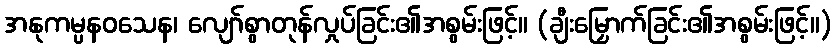
အနုကမ္ပနဝသေန၊ လျော်စွာတုန်လှုပ်ခြင်း၏အစွမ်းဖြင့်။ (ချီးမြှောက်ခြင်း၏အစွမ်းဖြင့်။)